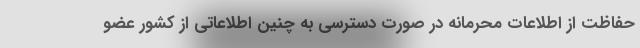
حفاظت از اطلاعات محرمانه در صورت دسترسی به چنین اطلاعاتی از کشور عضو